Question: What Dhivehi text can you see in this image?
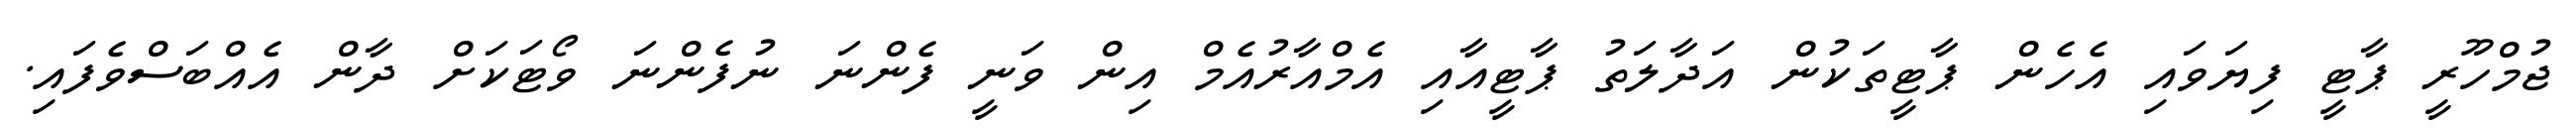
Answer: ޖުމްހޫރީ ޕާޓީ ފިޔަވައި އެހެން ޕާޓީތަކުން އަދާލަތު ޕާޓީއާއި އެމްއާރުއެމް އިން ވަނީ ފެންނަ ނުފެންނަ ވޯޓަކަށް ދާން އެއްބަސްވެފައި.